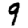
Digit: 9